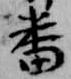
番